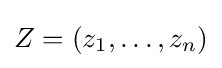
Z=(z_{1},\ldots ,z_{n})